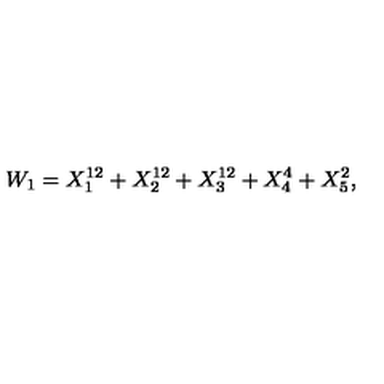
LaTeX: W _ { 1 } = X _ { 1 } ^ { 1 2 } + X _ { 2 } ^ { 1 2 } + X _ { 3 } ^ { 1 2 } + X _ { 4 } ^ { 4 } + X _ { 5 } ^ { 2 } ,